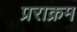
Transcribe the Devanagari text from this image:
प्रराक्रम